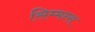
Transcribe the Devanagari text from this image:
सिम्मन्स